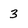
Character: 3